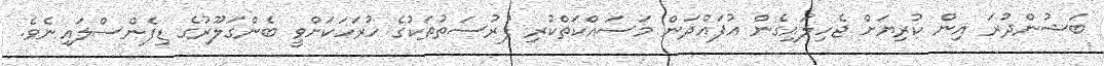
ބަޝުންދުރަ އިން ކުރިޔަށް ޖެހިލައިގެން އުފައްދަން މަސައްކަތްކުރި ފުރުސަތުތަކުގެ ހުރަހަކަށްވީ ބެންގަލޫރުގެ ޑިފެންސްލައިނެވެ.